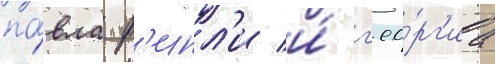
па́вла ф'инл'и и́ г'ео́рг'иа